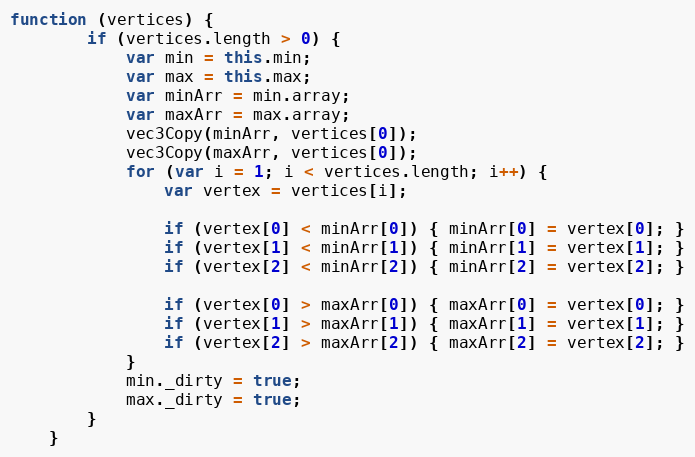
Language: JavaScript
function (vertices) {
        if (vertices.length > 0) {
            var min = this.min;
            var max = this.max;
            var minArr = min.array;
            var maxArr = max.array;
            vec3Copy(minArr, vertices[0]);
            vec3Copy(maxArr, vertices[0]);
            for (var i = 1; i < vertices.length; i++) {
                var vertex = vertices[i];

                if (vertex[0] < minArr[0]) { minArr[0] = vertex[0]; }
                if (vertex[1] < minArr[1]) { minArr[1] = vertex[1]; }
                if (vertex[2] < minArr[2]) { minArr[2] = vertex[2]; }

                if (vertex[0] > maxArr[0]) { maxArr[0] = vertex[0]; }
                if (vertex[1] > maxArr[1]) { maxArr[1] = vertex[1]; }
                if (vertex[2] > maxArr[2]) { maxArr[2] = vertex[2]; }
            }
            min._dirty = true;
            max._dirty = true;
        }
    }